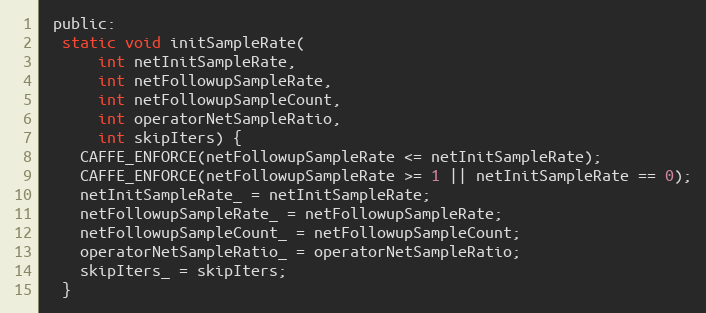
Language: C
 public:
  static void initSampleRate(
      int netInitSampleRate,
      int netFollowupSampleRate,
      int netFollowupSampleCount,
      int operatorNetSampleRatio,
      int skipIters) {
    CAFFE_ENFORCE(netFollowupSampleRate <= netInitSampleRate);
    CAFFE_ENFORCE(netFollowupSampleRate >= 1 || netInitSampleRate == 0);
    netInitSampleRate_ = netInitSampleRate;
    netFollowupSampleRate_ = netFollowupSampleRate;
    netFollowupSampleCount_ = netFollowupSampleCount;
    operatorNetSampleRatio_ = operatorNetSampleRatio;
    skipIters_ = skipIters;
  }